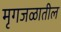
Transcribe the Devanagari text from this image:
मृगजळातील